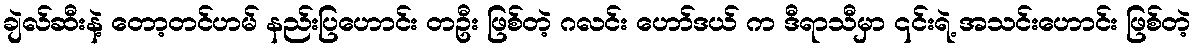
ချဲလ်ဆီးနဲ့ တော့တင်ဟမ် နည်းပြဟောင်း တဦး ဖြစ်တဲ့ ဂလင်း ဟော်ဒယ် က ဒီရာသီမှာ ၎င်းရဲ့ အသင်းဟောင်း ဖြစ်တဲ့